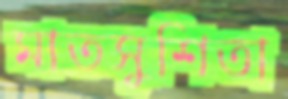
মাতসুশিতা